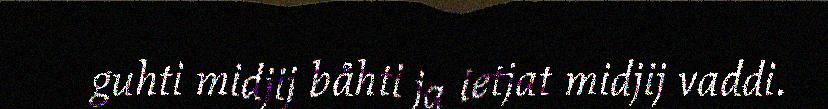
guhti midjij båhti ja ietjat midjij vaddi.